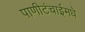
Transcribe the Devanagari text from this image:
पाणीटंचाईमधे